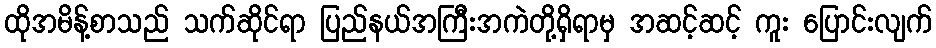
ထိုအမိန့်စာသည် သက်ဆိုင်ရာ ပြည်နယ်အကြီးအကဲတို့ရှိရာမှ အဆင့်ဆင့် ကူး ပြောင်းလျက်